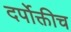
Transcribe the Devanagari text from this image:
दर्पोक्तीच